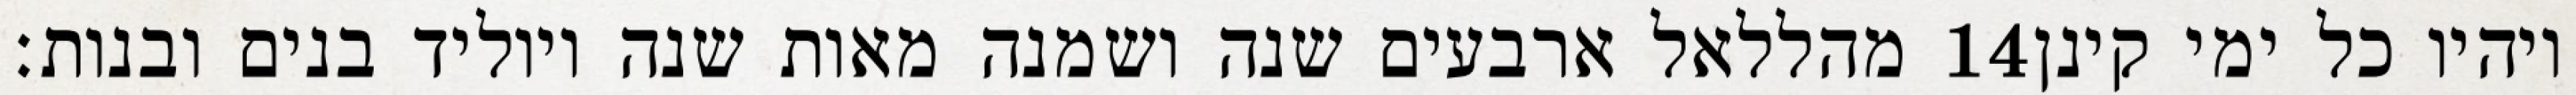
מהללאל ארבעים שנה ושמנה מאות שנה ויוליד בנים ובנות׃ ‎14‏ ויהיו כל ימי קינן